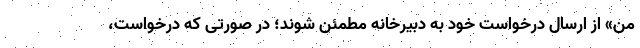
من» از ارسال درخواست خود به دبیرخانه مطمئن شوند؛ در صورتی که درخواست،